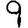
Digit: 9